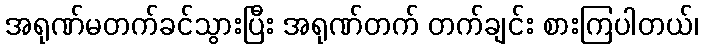
အရုဏ်မတက်ခင်သွားပြီး အရုဏ်တက် တက်ချင်း စားကြပါတယ်၊